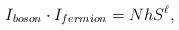
LaTeX: \begin{align*}I_{boson} \cdot I_{fermion} = N h S^\ell,\end{align*}